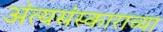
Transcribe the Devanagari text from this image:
अंत्यसंस्काराच्या